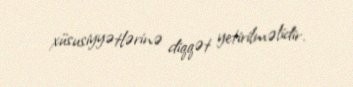
xüsusiyyətlərinə diqqət yetirilməlidir.